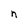
Character: n